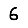
Digit: 6